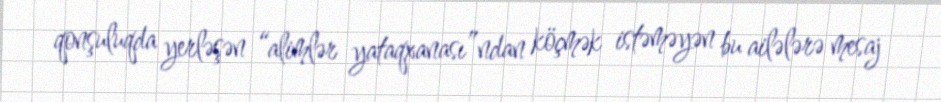
qonşuluqda yerləşən “alimlər yataqxanası”ndan köçmək istəməyən bu ailələrə mesaj